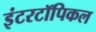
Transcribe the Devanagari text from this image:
इंटरटॉपिकल